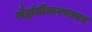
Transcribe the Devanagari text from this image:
सैद्धांतीकरणावर